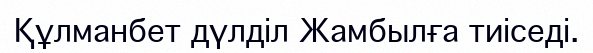
Құлманбет дүлділ Жамбылға тиіседі.